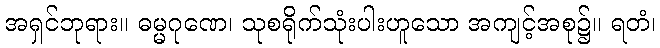
အရှင်ဘုရား။ ဓမ္မဂုဏေ၊ သုစရိုက်သုံးပါးဟူသော အကျင့်အစု၌။ ရတံ၊